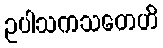
ဥပါသကသတေဟိ